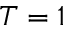
T = 1